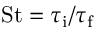
\mathrm { S t } = \tau _ { \mathrm { i } } / \tau _ { \mathrm { f } }